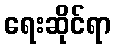
ရေးဆိုင်ရာ